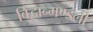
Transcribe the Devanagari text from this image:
विद्वान्मण्डली